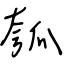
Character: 瓠